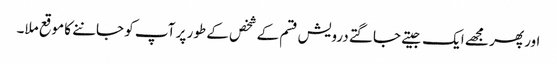
اور پھر مجھے ایک جیتے جاگتے درویش قسم کے شخص کے طور پر آپ کو جاننے کا موقع ملا۔